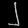
Digit: ၂